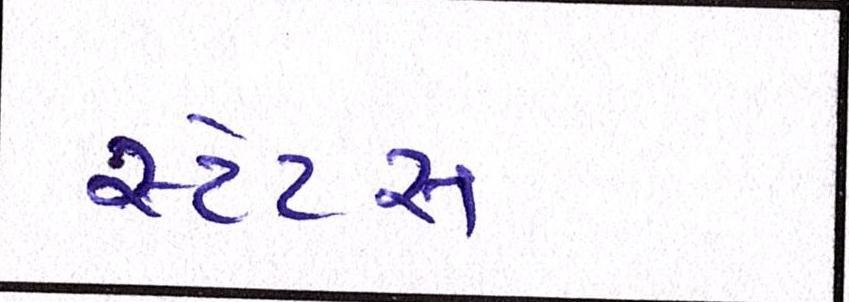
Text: સ્ટેટસ